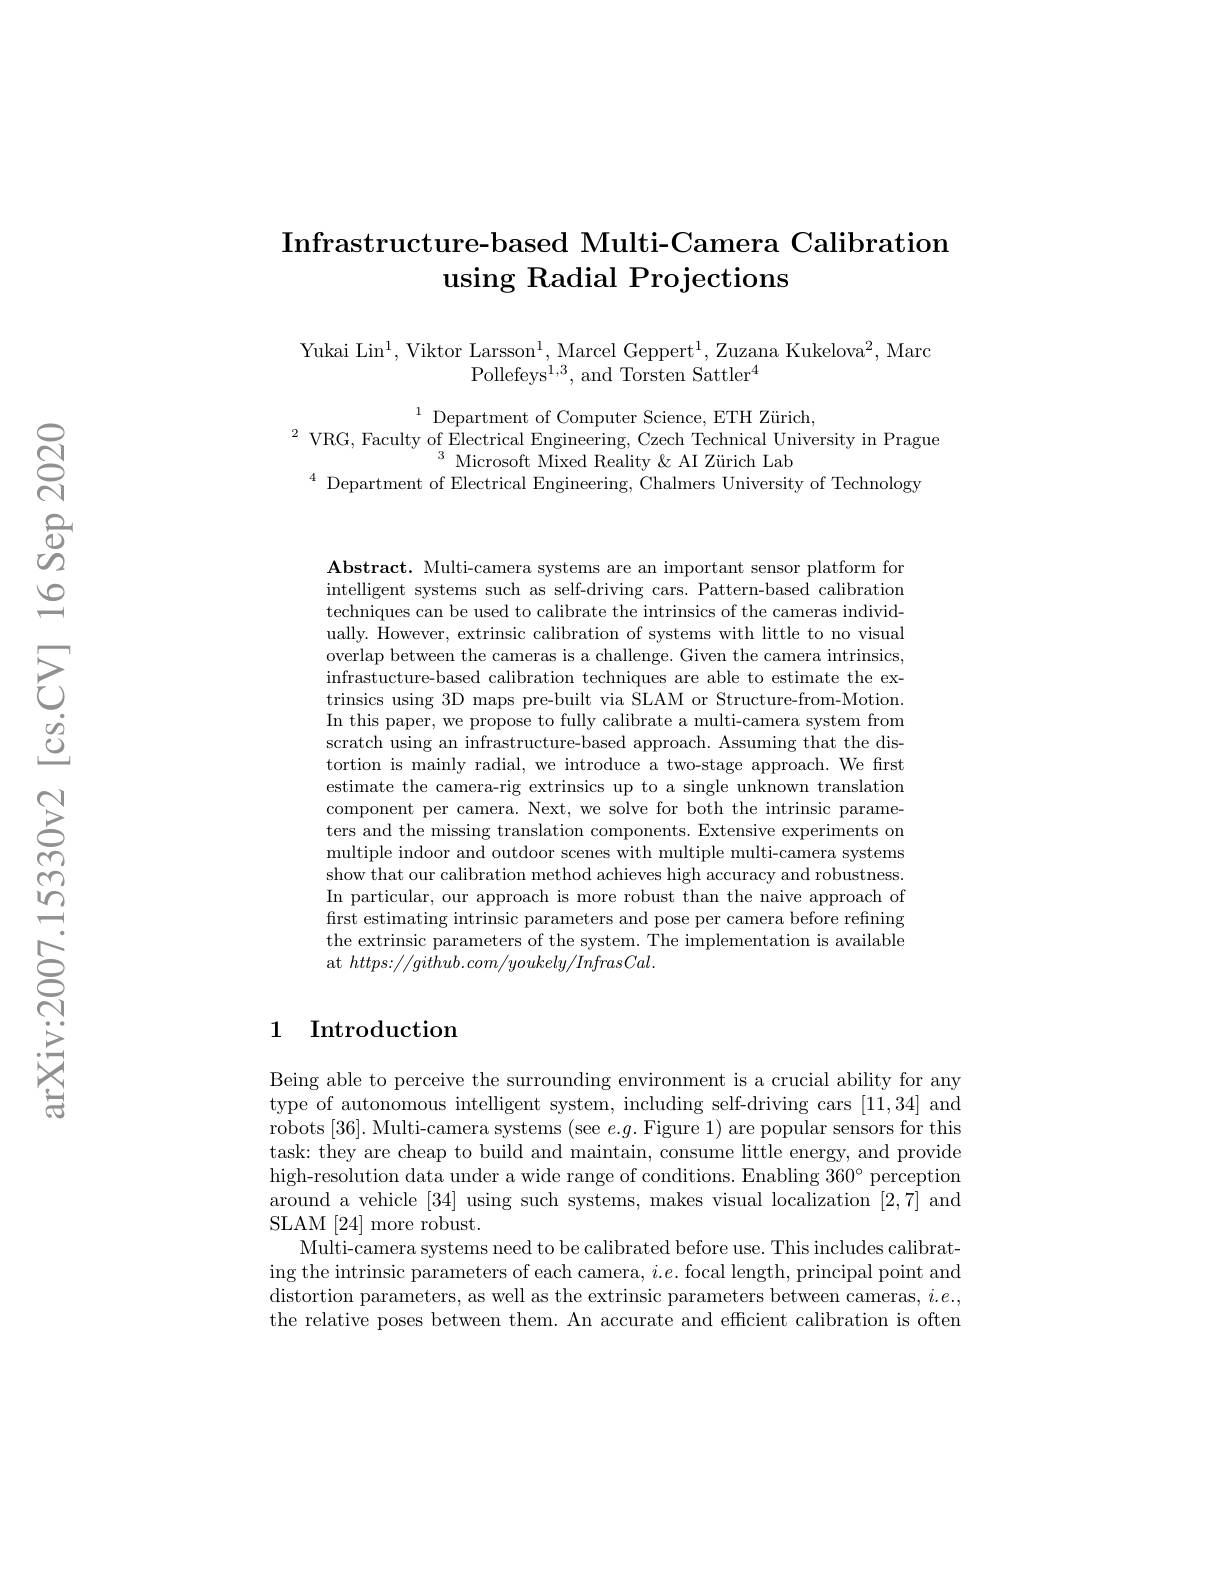
## Infrastructure- based Multi-Camera Calibration using Radial Projections

Yukai Lin$^1$,Viktor Larsson$^1$,Marcel Geppert$^1$,Zuzana Kukelova$^2$,Marc
Pollefeys$^1,3$,and Torsten Sattler$^4$

$\begin{array}{c}{1}&{\mathrm{Department~of~Computer~Science,~ETH~Zürich,}}\\{\mathrm{VRG,~Faculty~of~Electrical~Engineering,~Czech~Technical~University~in~Prague}}\\{\mathrm{Microsoft~Mixed~Reality~\&~AI~Z\"{u}rich~Lab}}\end{array}$
$^{4}$ Department of Electrical Engineering, Chalmers University of Technology

Abstract. Multi-camera systems are an important sensor platform for intelligent systems such as self-driving cars. Pattern-based calibration techniques can be used to calibrate the intrinsics of the cameras individually. However, extrinsic calibration of systems with little to no visual overlap between the cameras is a challenge. Given the camera intrinsics, infrastucture-based calibration techniques are able to estimate the extrinsics using 3D maps pre-built via SLAM or Structure-from-Motion. In this paper, we propose to fully calibrate a multi-camera system from scratch using an infrastructure-based approach. Assuming that the distortion is mainly radial, we introduce a two-stage approach. We first estimate the camera-rig extrinsics up to a single unknown translation component per camera. Next, we solve for both the intrinsic parameters and the missing translation components. Extensive experiments on multiple indoor and outdoor scenes with multiple multi-camera systems show that our calibration method achieves high accuracy and robustness In particular, our approach is more robust than the naive approach of first estimating intrinsic parameters and pose per camera before refining the extrinsic parameters of the system. The implementation is available at $https://github.com/youkely/InfrasCal.$

## 1 Introduction

Being able to perceive the surrounding environment is a crucial ability for any type of autonomous intelligent system, including self-driving cars [11,34] and robots [36]. Multi-camera systems (see $e.g.$ Figure 1) are popular sensors for this task: they are cheap to build and maintain, consume little energy, and provide high-resolution data under a wide range of conditions. Enabling $360^\circ$ perception around a vehicle [34] using such systems, makes visual localization [2,7] and SLAM [24] more robust.
Multi-camera systems need to be calibrated before use. This includes calibrating the intrinsic parameters of each camera, $i.e.$ focal length, principal point and distortion parameters, as well as the extrinsic parameters between cameras, $i.e.$, the relative poses between them. An accurate and efficient calibration is often